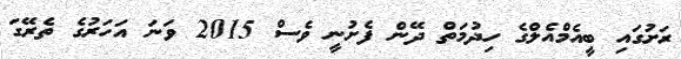
ރަށުގައި ބީއެމްއެލްގެ ހިދުމަތް ދޭން ފެށުނީ ވެސް 2015 ވަނަ އަހަރުގެ ތެރޭގަ